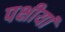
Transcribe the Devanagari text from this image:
पक्षीयां